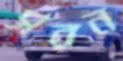
সরন